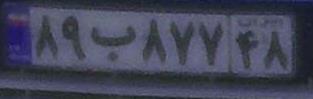
۸۹ب۸۷۷۴۸